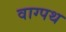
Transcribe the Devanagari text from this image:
वाग्पथ